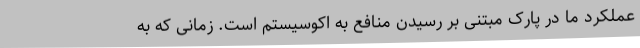
عملکرد ما در پارک مبتنی بر رسیدن منافع به اکوسیستم است. زمانی که به